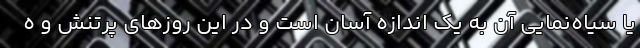
یا سیاه‌نماییِ آن به یک اندازه آسان است و در این روزهای پرتنش و ه